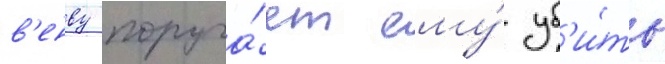
в'енву поруча́ет ему́ уб'и́ть